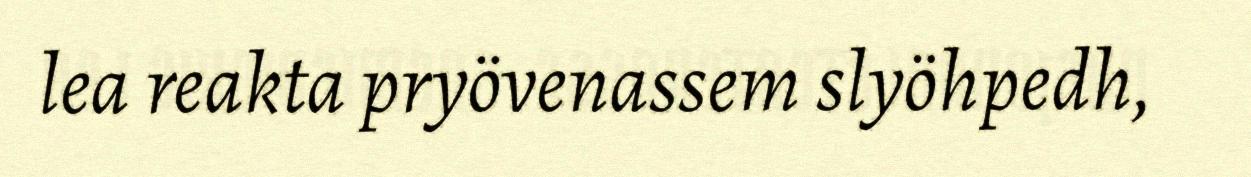
lea reakta pryövenassem slyöhpedh,